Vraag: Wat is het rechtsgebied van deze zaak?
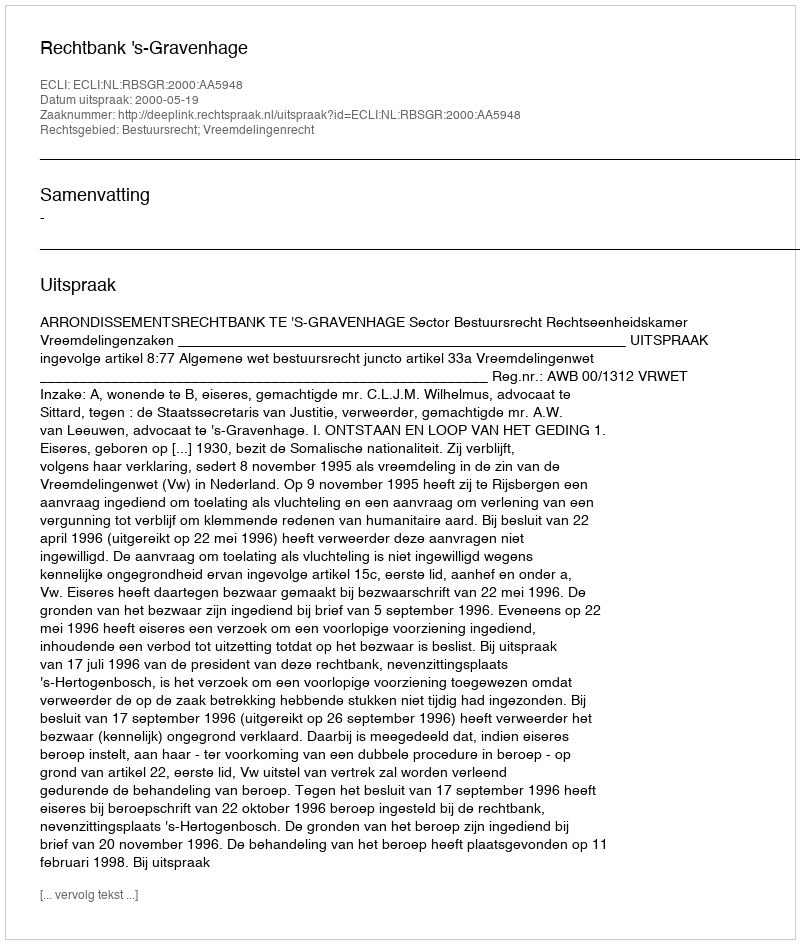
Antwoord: Bestuursrecht; Vreemdelingenrecht